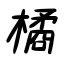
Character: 橘